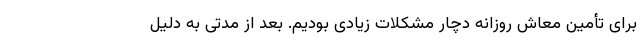
برای تأمین معاش روزانه دچار مشکلات زیادی بودیم. بعد از مدتی به دلیل